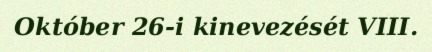
Október 26-i kinevezését VIII.